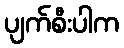
ပျက်စီးပါက